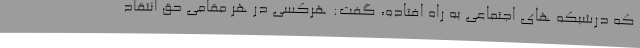
که درشبکه های اجتماعی به راه افتاده، گفت: هرکسی در هر مقامی حق انتقاد